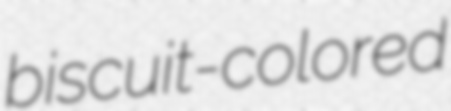
biscuit-colored